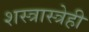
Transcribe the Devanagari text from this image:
शस्त्रास्त्रेही